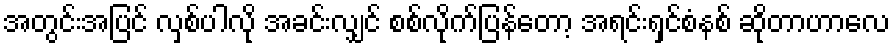
အတွင်းအပြင် လှစ်ပါလို အခင်းလျှင် စစ်လိုက်ပြန်တော့ အရင်းရှင်စံနစ် ဆိုတာဟာလေ